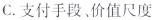
C.支付手段、价值尺度